Civil Veterinary Department Bihar reports 1936-40 - 1936-1940
Year: 1936
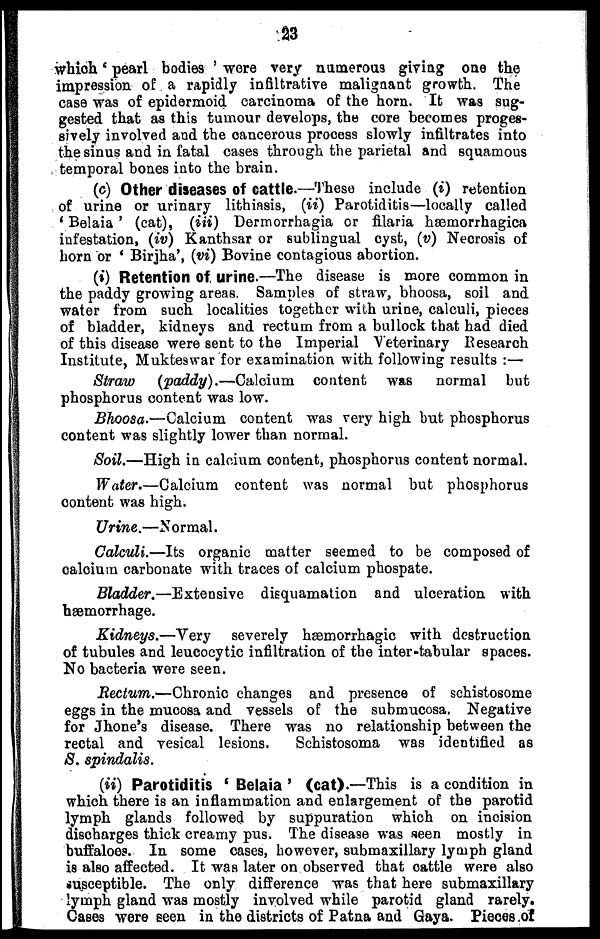
23
which 'pearl bodies' were very numerous giving one the
impression of a rapidly infiltrative malignant growth. The
case was of epidermoid carcinoma of the horn. It was sug-
gested that as this tumour develops, the core becomes proges-
sively involved and the cancerous process slowly infiltrates into
the sinus and in fatal cases through the parietal and squamous
temporal bones into the brain.
(c) Other diseases of cattle.—These include (i) retention
of urine or urinary lithiasis, (ii) Parotiditis—locally called
'Belaia' (cat), (iii) Dermorrhagia or filaria hæmorrhagica
infestation, (iv) Kanthsar or sublingual cyst, (v) Necrosis of
horn or 'Birjha', (vi) Bovine contagious abortion.
(i) Retention of urine.—The disease is more common in
the paddy growing areas. Samples of straw, bhoosa, soil and
water from such localities together with urine, calculi, pieces
of bladder, kidneys and rectum from a bullock that had died
of this disease were sent to the Imperial Veterinary Research
Institute, Mukteswar for examination with following results:—
Straw
(paddy).—Calcium
content was
normal but
phosphorus content was low.
Bhoosa.—Calcium
content was very high but phosphorus
content was slightly lower than normal.
Soil.—High in calcium content, phosphorus content normal.
Water.—Calcium
content was normal but phosphorus
content was high.
Urine.—Normal.
Calculi.—Its organic matter seemed to be composed of
caloium carbonate with traces of calcium phospate.
Bladder.—Extensive
disquamation and ulceration with
hæmorrhage.
Kidneys.—Very
severely hæmorrhagic with destruction
of tubules and leucocytic infiltration of the inter-tabular spaces.
No bacteria were seen.
Rectum.—Chronic changes and presence of schistosome
eggs in the mucosa and vessels of the submucosa. Negative
for Jhone's disease. There was no relationship between the
rectal and vesical lesions.
Schistosoma was identified as
S. spindalis.
(ii) Parotiditis 'Belaia' (cat).—This is a condition in
which there is an inflammation and enlargement of the parotid
lymph glands followed by suppuration which on incision
discharges thick creamy pus. The disease was seen mostly in
buffaloes. In some cases, however, submaxillary lymph gland
is also affected. It was later on observed that cattle were also
susceptible. The only difference was that here submaxillary
lymph gland was mostly involved while parotid gland rarely.
Cases were seen in the districts of Patna and Gaya. Pieces of